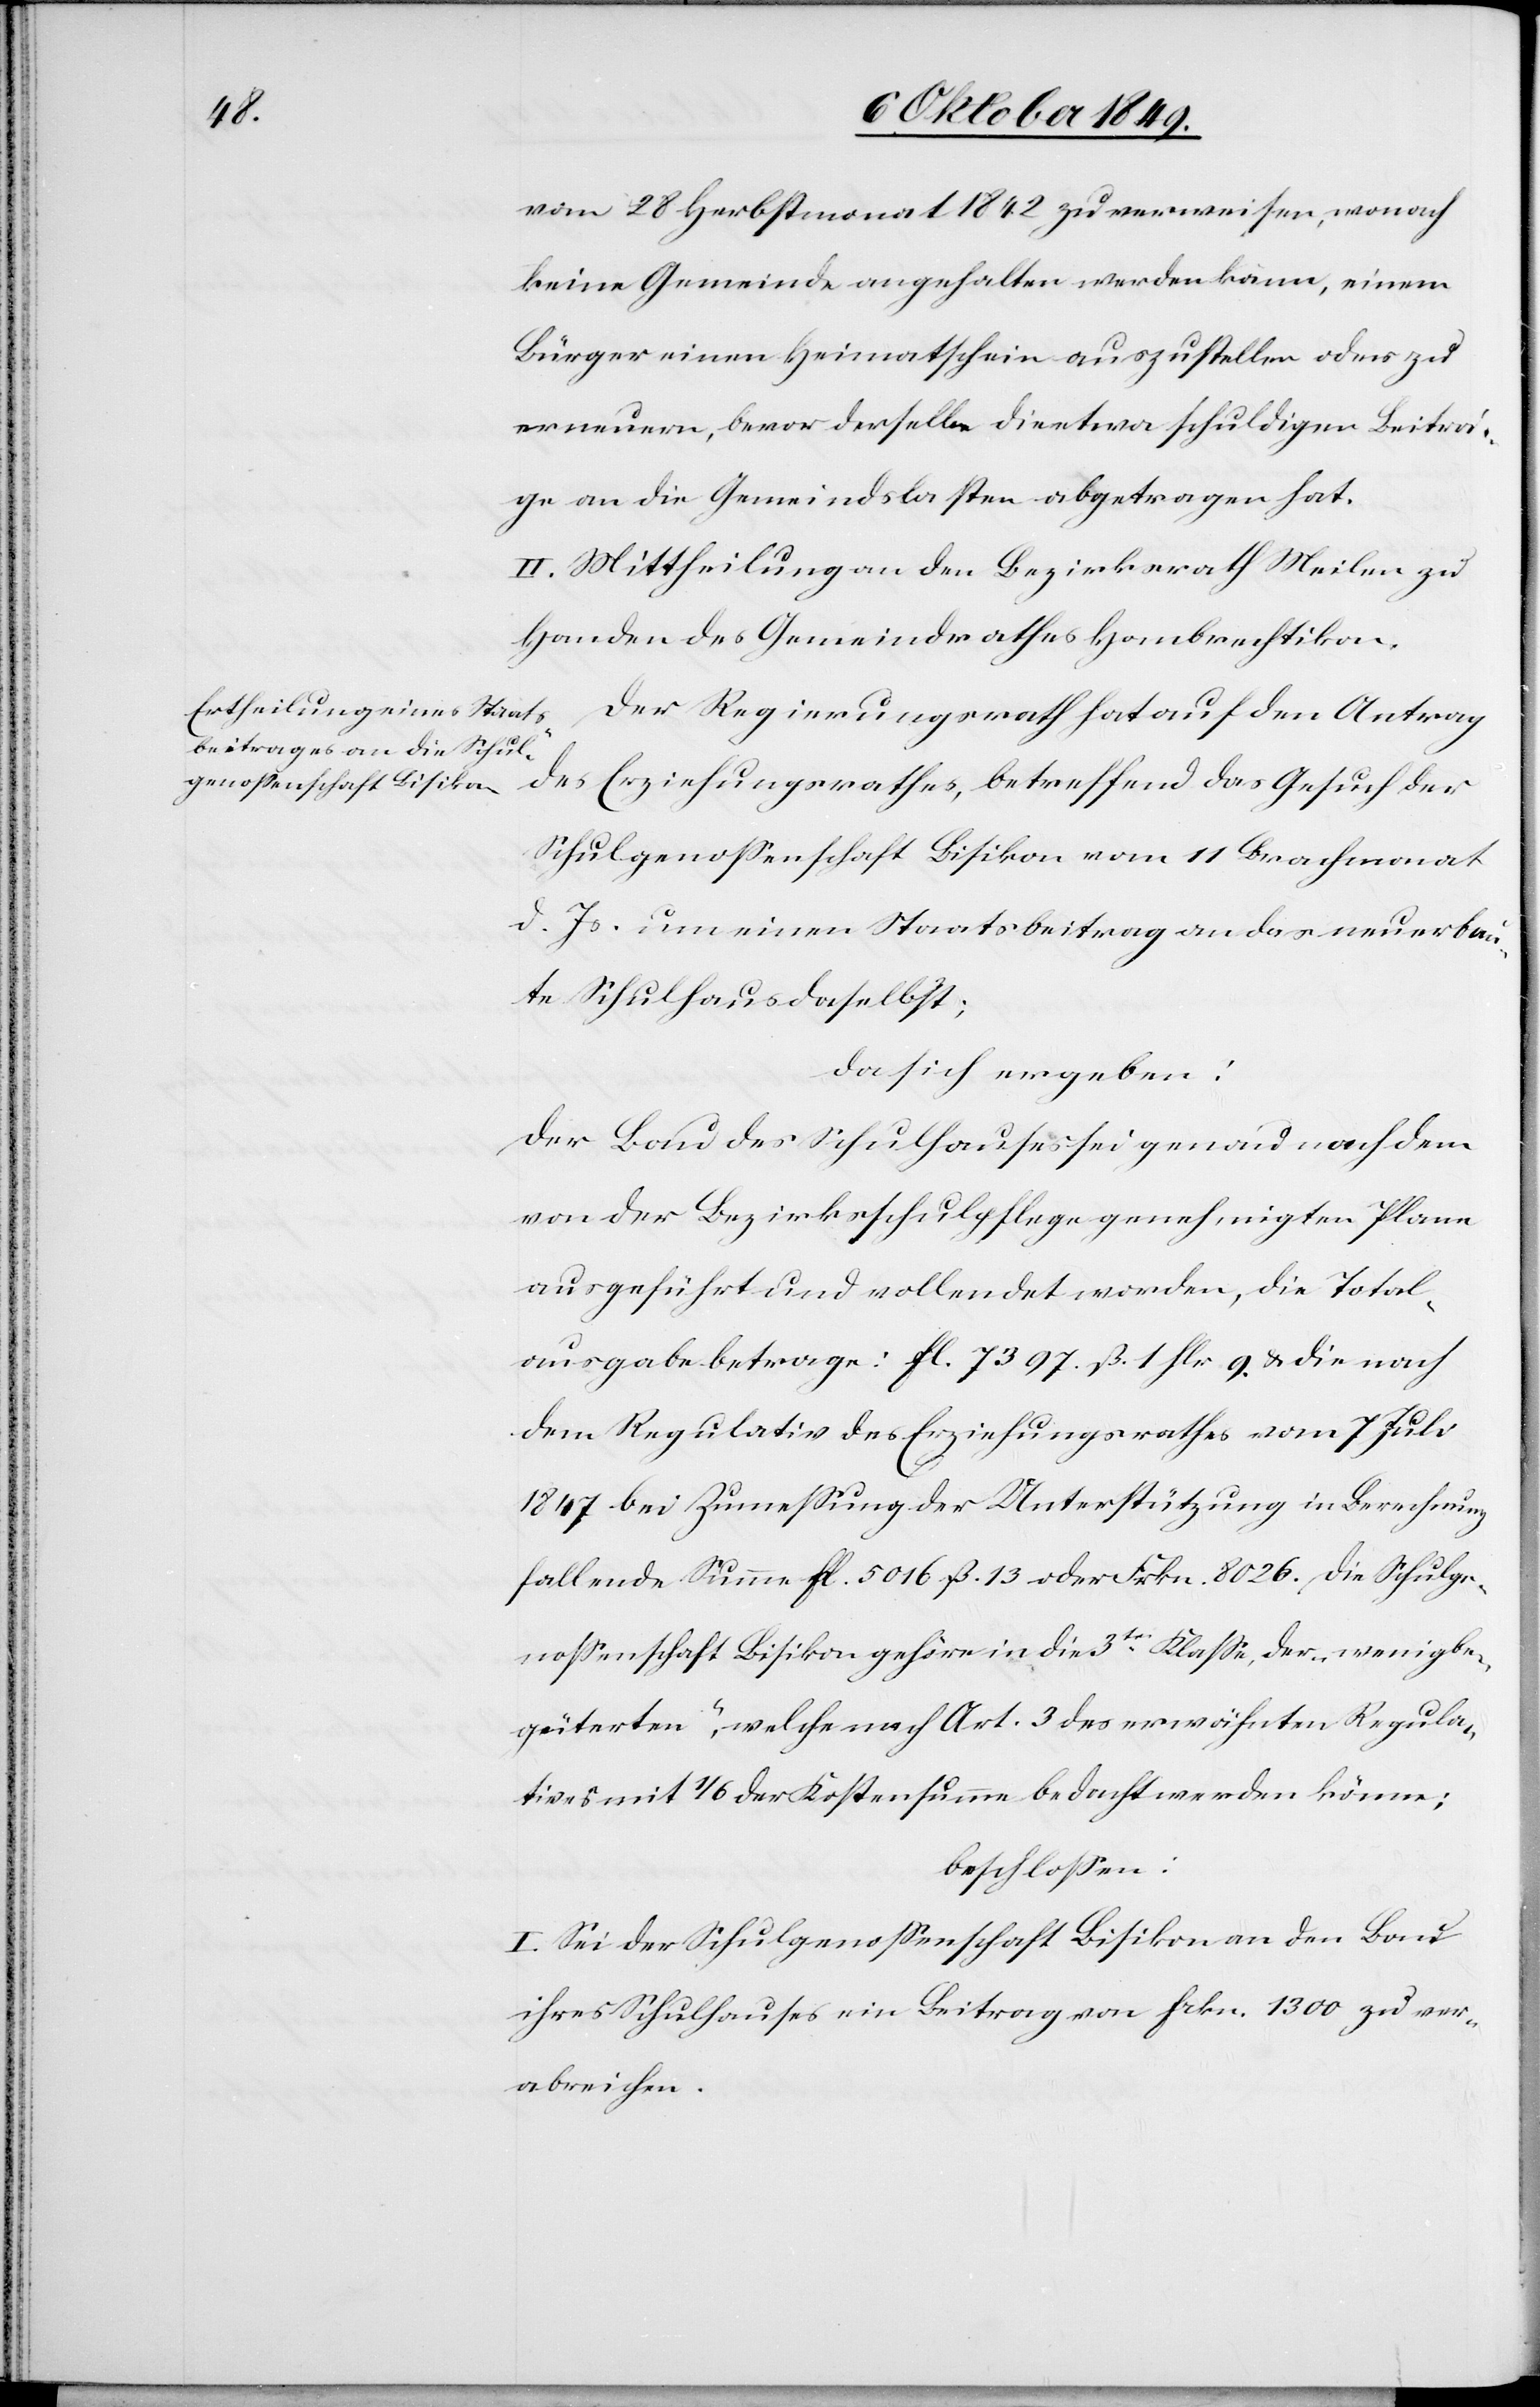
vom 28 Herbstmonat 1842 zu verweisen, wonach
keine Gemeinde angehalten werden kann, einem
Bürger einen Heimatschein auszustellen oder zu
erneuern, bevor derselbe die etwa schuldigen Beiträ¬
ge an die Gemeindelasten abgetragen hat.
II. Mittheilung an den Bezirksrath Meilen zu
Handen des Gemeindrathes Hombrechtikon.
Der Regierungsrath hat auf den Antrag
des Erziehungsrathes, betreffend das Gesuch der
Schulgenoßenschaft Bisikon vom 11 Brachmonat
d. Js. um einen Staatsbeitrag an das neu erbau¬
te Schulhaus daselbst;
da sich ergeben:
Der Bau des Schulhauses sei genau nach dem
von der Bezirksschulpflege genehmigten Plane
ausgeführt und vollendet worden, die Total¬
ausgabe betrage: fl. 7397. ß. 1 flr. 9. u. die nach
dem Regulativ des Erziehungsrathes vom 7 Juli
1847 bei Zumeßung der Unterstützung in Berechnung
fallende Summe fl. 5016 ß. 13 oder Frkn. 8026. Die Schulge¬
noßenschaft Bisikon gehöre in die 3te Klaße, der „wenig be¬
güterten“, welche nach Art. 3 des erwähnten Regula¬
tives mit 1/6 der Kostensumme bedacht werden könne:
beschloßen:
I. Sei der Schulgenoßenschaft Bisikon an den Bau
ihres Schulhauses ein Beitrag von frkn. 1300 zu ver¬
abreichen.